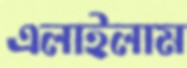
এলাইলাম